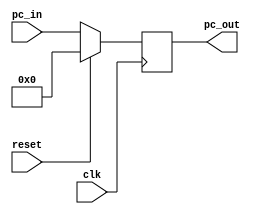
module pc(clk,reset,pc_in,pc_out);
input clk,reset;
input [31:0]pc_in;
output [31:0] pc_out;
reg [31:0] pc_out;
initial
pc_out=0;
always @(posedge clk)
begin 
 if (reset)
 pc_out = 0;
 else 
 pc_out = pc_in;
end
endmodule